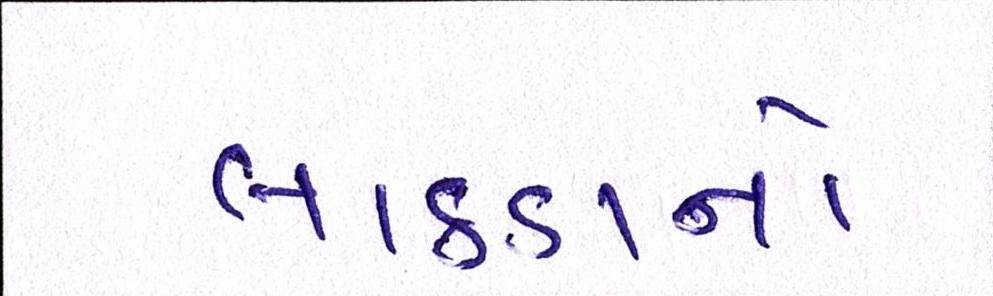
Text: લાકડાનો